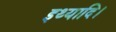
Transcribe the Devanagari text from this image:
इथ्यादि।